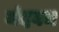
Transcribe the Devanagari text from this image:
मंदबम